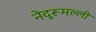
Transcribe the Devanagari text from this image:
नेदुरूमल्ली